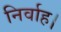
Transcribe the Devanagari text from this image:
निर्वाह।